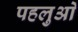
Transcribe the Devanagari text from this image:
पहलुआें